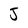
Character: J